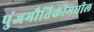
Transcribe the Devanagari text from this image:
पुंजभौतिकीमधील